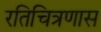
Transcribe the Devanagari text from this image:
रतिचित्रणास